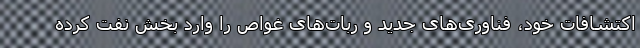
اکتشافات خود، فناوری‌های جدید و ربات‌های غواص را وارد بخش نفت کرده